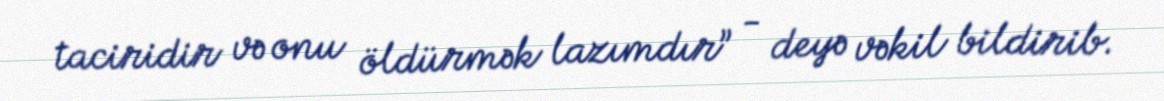
taciridir və onu öldürmək lazımdır” - deyə vəkil bildirib.